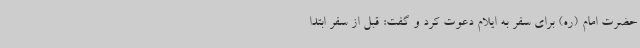
حضرت امام (ره) برای سفر به ایلام دعوت کرد و گفت: قبل از سفر ابتدا